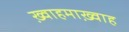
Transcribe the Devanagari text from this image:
ख़्वाहमाख़्वाह